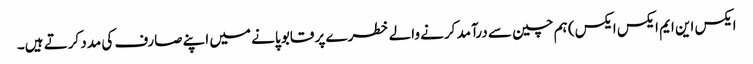
ایکس این ایم ایکس ایکس) ہم چین سے درآمد کرنے والے خطرے پر قابو پانے میں اپنے صارف کی مدد کرتے ہیں۔